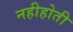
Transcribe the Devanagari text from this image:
नहीहोती